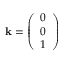
\mathbf { k } = { \left( \begin{array} { l } { 0 } \\ { 0 } \\ { 1 } \end{array} \right) }